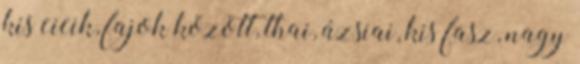
kis cicik, fajok között, thai, ázsiai, kis fasz, nagy